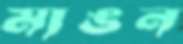
মাঙন